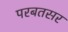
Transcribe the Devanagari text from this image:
परबतसर